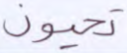
تحيون